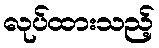
လုပ်ထားသည့်